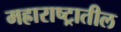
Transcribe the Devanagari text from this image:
मह्राराष्ट्रातील